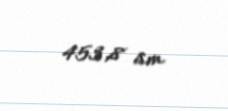
453,8 sm